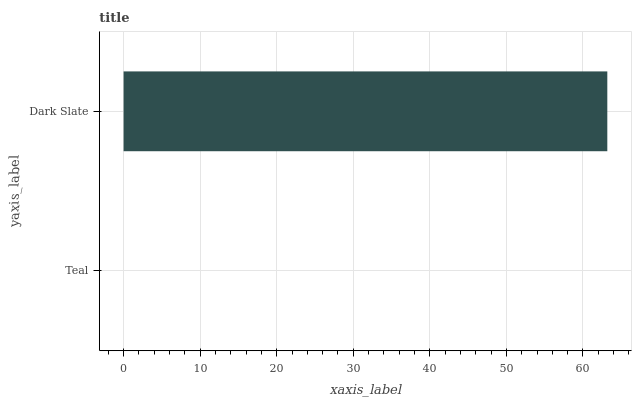
| yaxis_label | bars |
 | --- | --- |
 | Teal | 0 |
 | Dark Slate | 63.2 |